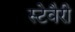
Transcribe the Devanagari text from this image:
स्टेवैरी